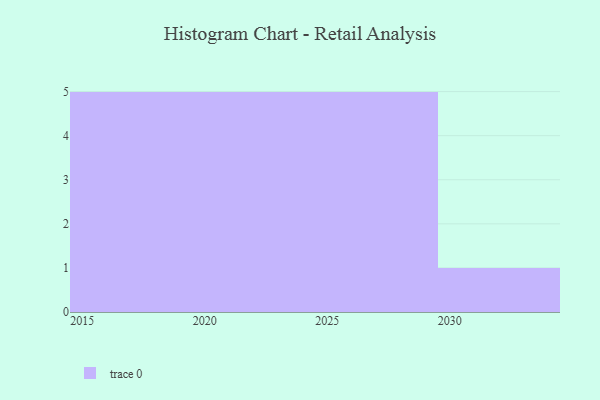
{"axis": {"x": "Year", "y": "Revenue (USD Million)"}, "legend": [""], "data": [{"x": "2023", "y": 5, "type": ""}, {"x": "2024", "y": 61, "type": ""}, {"x": "2022", "y": 6, "type": ""}, {"x": "2029", "y": 45, "type": ""}, {"x": "2017", "y": 38, "type": ""}, {"x": "2015", "y": 61, "type": ""}, {"x": "2025", "y": 5, "type": ""}, {"x": "2016", "y": 11, "type": ""}, {"x": "2019", "y": 24, "type": ""}, {"x": "2026", "y": 25, "type": ""}, {"x": "2028", "y": 35, "type": ""}, {"x": "2027", "y": 66, "type": ""}, {"x": "2021", "y": 13, "type": ""}, {"x": "2018", "y": 6, "type": ""}, {"x": "2030", "y": 61, "type": ""}, {"x": "2020", "y": 77, "type": ""}]}